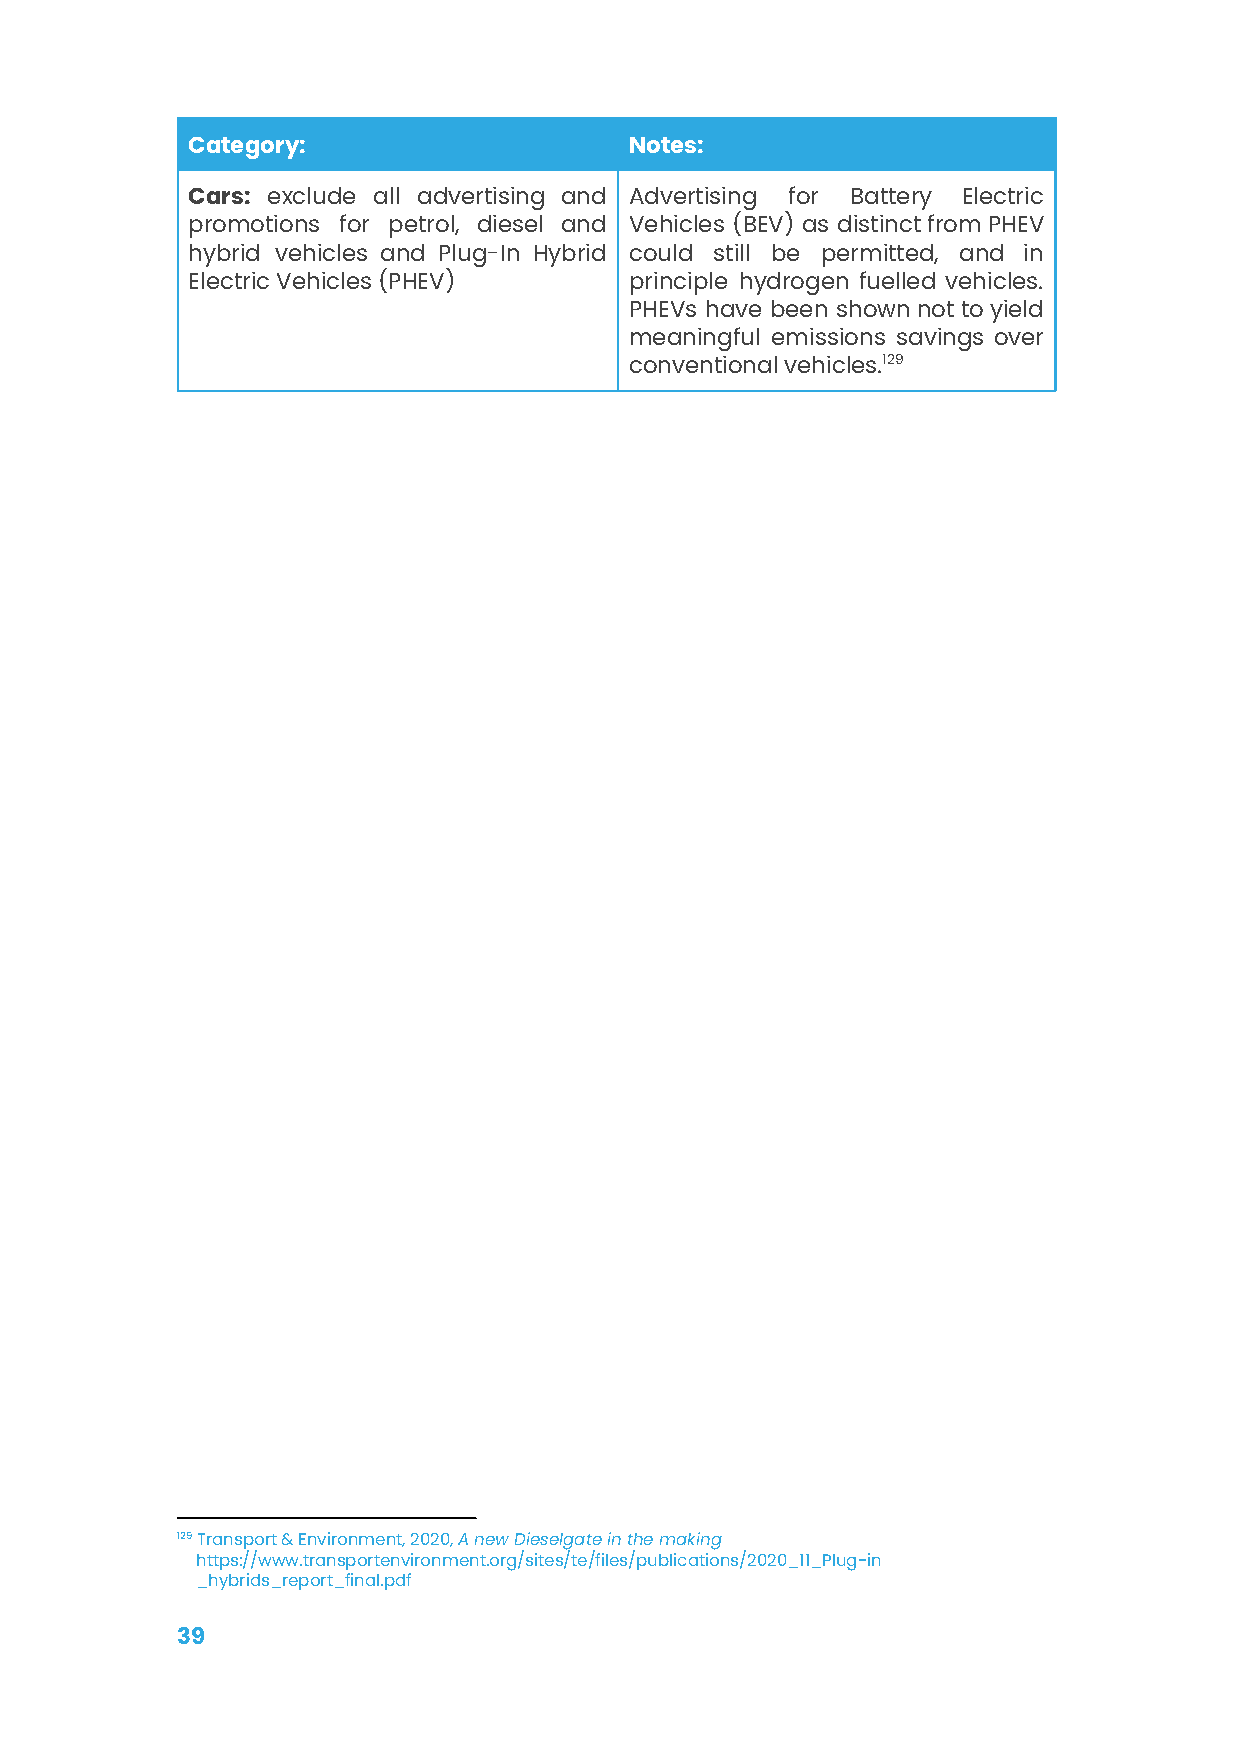
Category:                     Notes:
 Cars: exclude all advertising and Advertising for Battery Electric
 promotions for petrol, diesel and Vehicles (BEV) as distinctfromPHEV
 hybrid vehicles and Plug-In Hybrid could still be permitted, and in
 Electric Vehicles (PHEV)      principle hydrogen fuelled vehicles.
 PHEVs have been shownnottoyield
 meaningful emissions savings over
 conventional vehicles.129
 129Transport & Environment, 2020,A new Dieselgate inthe making
 https://www.transportenvironment.org/sites/te/files/publications/2020_11_Plug-in
 _hybrids_report_final.pdf
 39